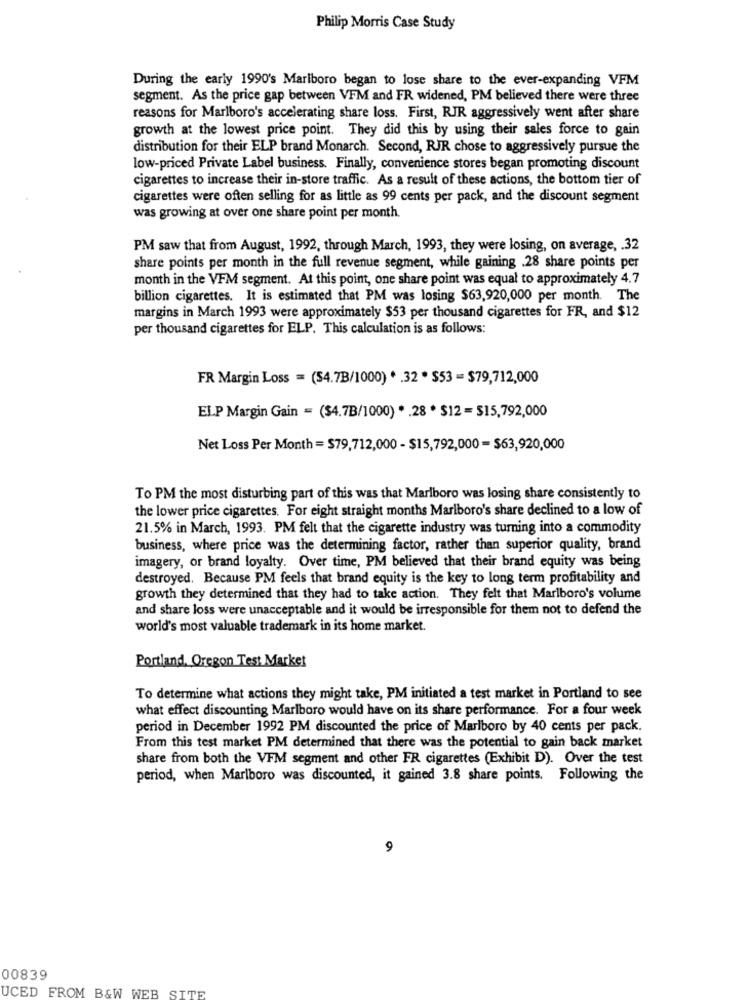
Philip Morris Case Study
During the early 1990's Marlboro began to lose share to the ever-expanding VFM
segment. As the price gap between VFM and FR widened, PM believed there were three
reasons for Marlboro's accelerating share loss. First, RJR aggressively went after share
growth at the lowest price point. They did this by using their sales force to gain
distribution for their ELP brand Monarch. Second, RJR chose to aggressively pursue the
low-priced Private Label business. Finally, convenience stores began promoting discount
cigarettes to increase their in-store traffic. As a result of these actions, the bottom tier of
cigarettes were often selling for as little as 99 cents per pack, and the discount segment
was growing at over one share point per month.
PM saw that from August, 1992, through March, 1993, they were losing, on average, . 32
share points per month in the full revenue segment, while gaining .28 share points per
month in the VFM segment. At this point, one share point was equal to approximately 4.7
billion cigarettes. It is estimated that PM was losing $63,920,000 per month. The
margins in March 1993 were approximately $53 per thousand cigarettes for FR, and $12
per thousand cigarettes for ELP. This calculation is as follows:
FR Margin Loss = (54.7B/1000) * . 32 * $53 = $79,712,000
ELP Margin Gain = ($4.7B/1000) * . 28 * $12 = $15,792,000
Net Loss Per Month = $79,712,000 - $15,792,000 = $63,920,000
To PM the most disturbing part of this was that Marlboro was losing share consistently to
the lower price cigarettes. For eight straight months Marlboro's share declined to a low of
21.5% in March, 1993. PM felt that the cigarette industry was turning into a commodity
business, where price was the determining factor, rather than superior quality, brand
imagery, or brand loyalty. Over time, PM believed that their brand equity was being
destroyed. Because PM feels that brand equity is the key to long term profitability and
growth they determined that they had to take action. They felt that Marlboro's volume
and share loss were unacceptable and it would be irresponsible for them not to defend the
world's most valuable trademark in its home market.
Portland, Oregon Test Market
To determine what actions they might take, PM initiated a test market in Portland to see
what effect discounting Marlboro would have on its share performance. For a four week
period in December 1992 PM discounted the price of Marlboro by 40 cents per pack.
From this test market PM determined that there was the potential to gain back market
share from both the VFM segment and other FR cigarettes (Exhibit D). Over the test
period, when Marlboro was discounted, it gained 3.8 share points. Following the
9
00839
UCED FROM B&W WEB SITE